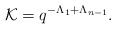
LaTeX: \begin{align*}&\mathcal{K}=q^{-{\Lambda}_1+{\Lambda}_{n-1}}.\end{align*}